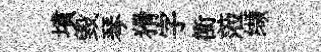
墳毁琴猾字衝蒞缬